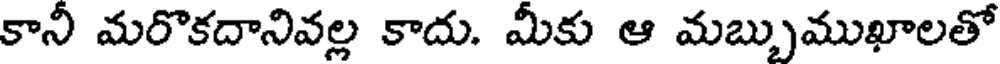
కానీ మరొకదానివల్ల కాదు. మీకు ఆ మబ్బుముఖాలతో